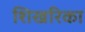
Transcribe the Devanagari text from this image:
शिखरिका